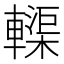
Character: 𫐀